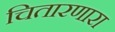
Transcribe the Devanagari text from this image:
चितारणारा